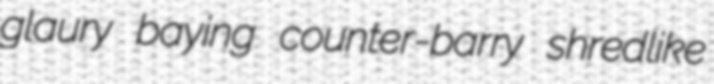
glaury baying counter-barry shredlike